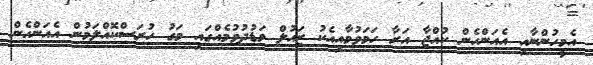
އެމީހުންނާއި އެއަންހެން ކުއްޖާ އަރާ ހަމަވުމާއިއެކު ޒައުލް މަޑުދުވުމެއްގައި މަގު ހުރަސްކޮއްލަމުން އެއަންހެން